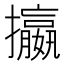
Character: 攍